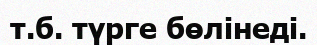
т.б. түрге бөлінеді.